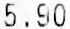
5.90